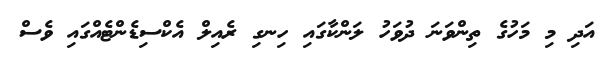
އަދި މި މަހުގެ ތިންވަނަ ދުވަހު ލަންކާގައި ހިނގި ރެއިލް އެކްސިޑެންޓެއްގައި ވެސް